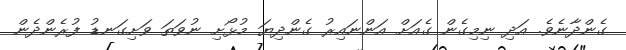
ގެންދާނެވެ. އަދި ނިމިގެން ގެއަށް އަންނައިރު ގެންދިޔަ މުޅޯށި ނުވަތަ ވަށިގަނޑު ފުރެންދެން